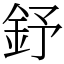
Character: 𨥤